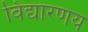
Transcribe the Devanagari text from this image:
विद्यारणय